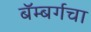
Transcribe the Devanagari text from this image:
बॅम्बर्गचा